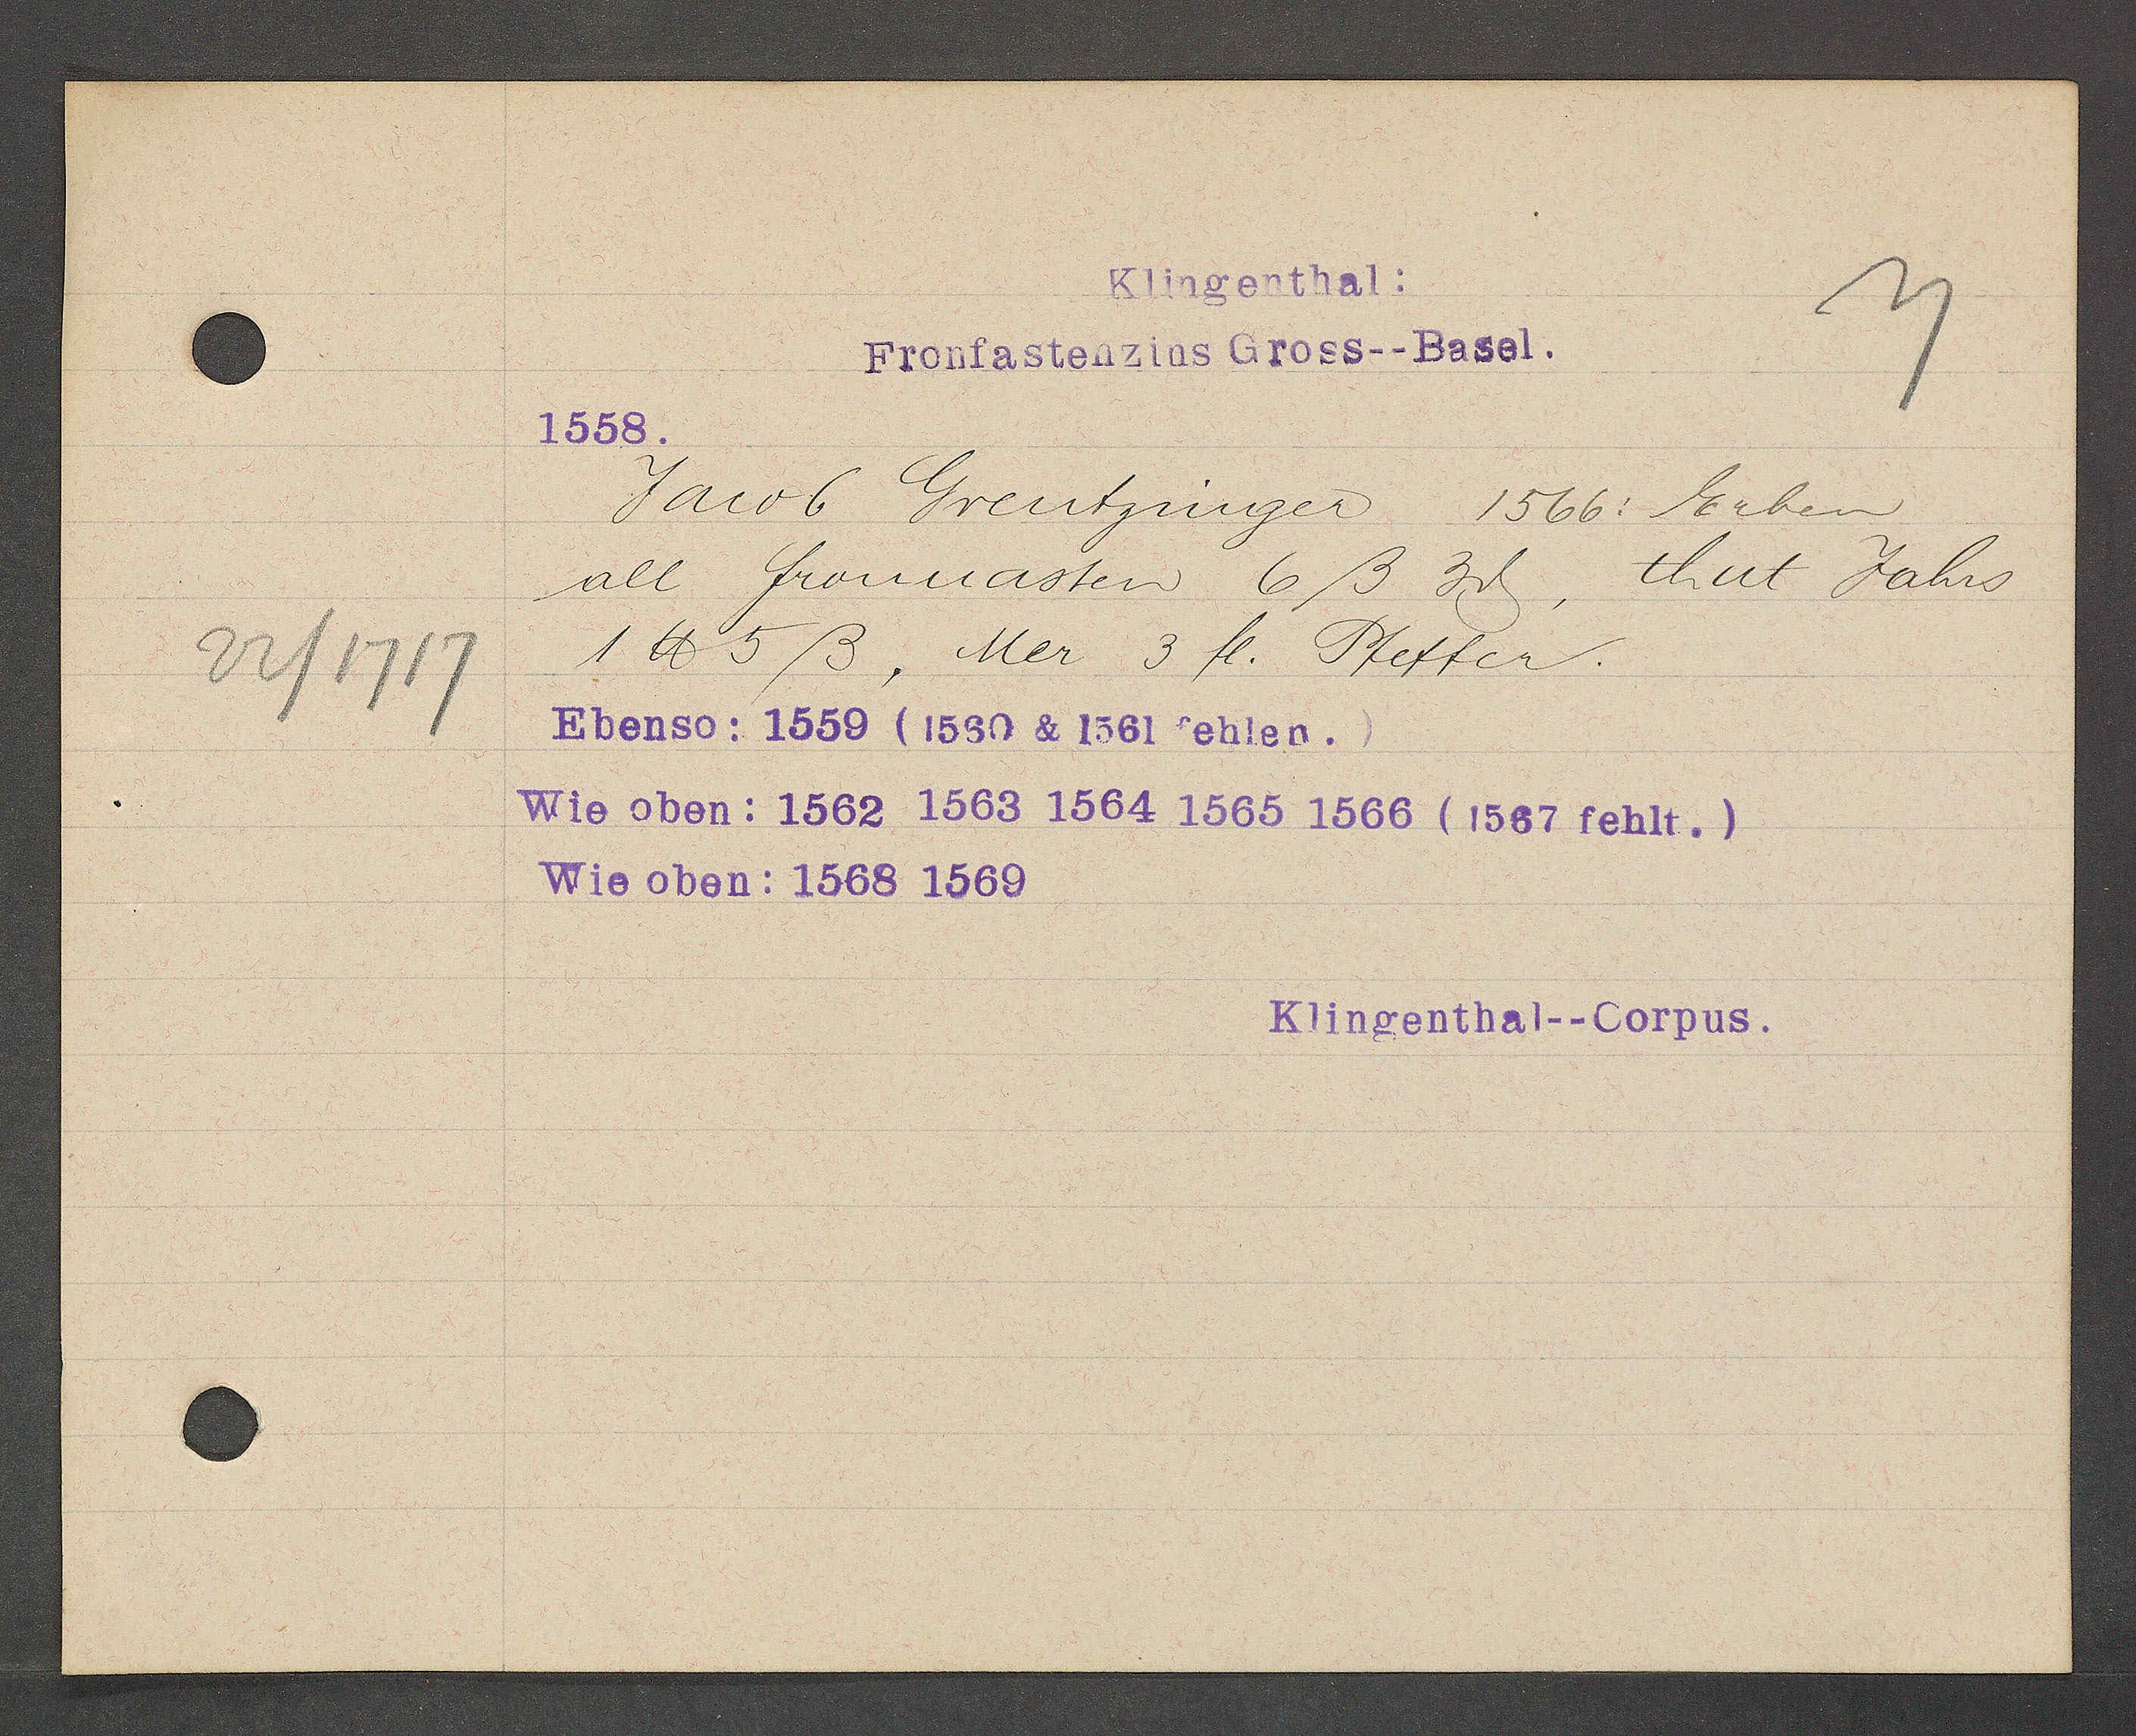
Transcript:
22/1717

Klingenthal:
Fronfastenzins Gross--Basel.

1558.
Jacob Grentzinger 1566: Erben
all fronnasten 6ß 3ȡ, thut Jahrs
1 ℔ 5 ß, Mer 3 fl. Pfeffer.
Ebenso: 1559 (1560 & 1561 fehlen.)
Wie oben: 1562 1563 1564 1565 1566 (1567 fehlt.)
Wie oben: 1568 1569

Klingenthal--Corpus.